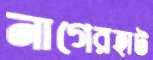
নাগেরহাট